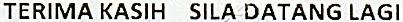
TERIMA KASIH SILA DATANG LAGI